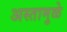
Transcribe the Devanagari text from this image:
अस्तामुळे